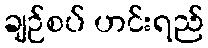
ချဉ်စပ် ဟင်းရည်